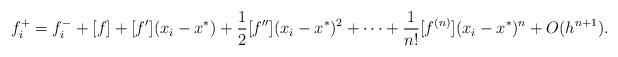
LaTeX: \begin{align*}\begin{aligned}f^+_i&=f^-_i+[f]+[f'](x_i-x^*)+\frac{1}{2}[f''](x_i-x^*)^2+\cdots+\frac{1}{n!}[f^{(n)}](x_i-x^*)^n+O(h^{n+1}).\\\end{aligned}\end{align*}